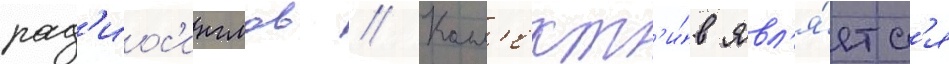
рад'иос'инглов // Колл'ект'и́в явл'я́етс'я